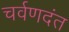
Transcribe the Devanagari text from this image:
चर्वणदंत